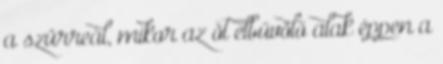
a szürreál, mikor az öt elbűvölő alak éppen a